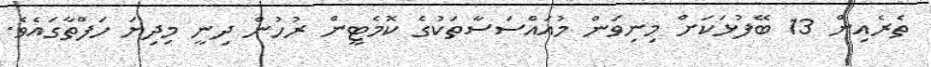
ތެރެއިން 13 ބޭފުޅަކަށް މިނިވަން މުއައްސަސާތަކުގެ ކޮމެޓީން ރުހުން ދިނީ މިދިޔަ ހަފްތާގައެވެ.